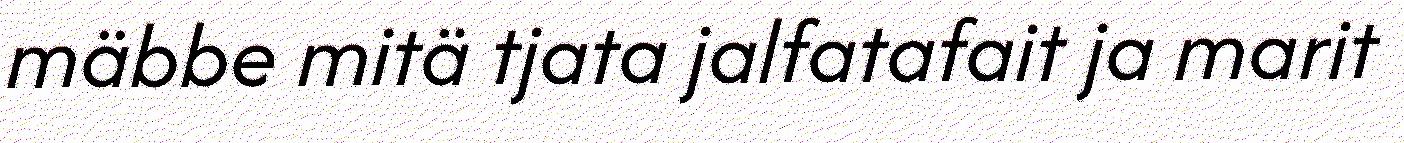
mäbbe mitä tjata jalfatafait ja marit